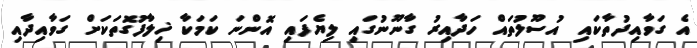
އެ ގަވާއިދުތާކައި އުސޫލުތައް ހަދާއިރު ގާނޫނުގައި ލިޔެފައި އޮންނަ ކަމަކާ ޚިލާފުގޮތަކަށް ގަވާއިދާއި